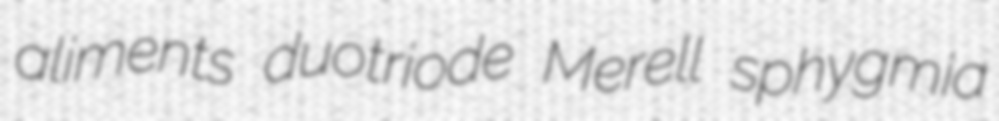
aliments duotriode Merell sphygmia